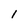
Character: l